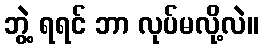
ဘွဲ့ ရရင် ဘာ လုပ်မလို့လဲ။